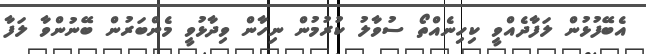
އެބޭފުޅުން ލަފާދެއްވީ ކިހިނެއްތޯ ސުވާލު ކުރުމުން ނިހާން ވިދާޅުވީ މެންބަރުން ބޭނުންވާ ލަފާ